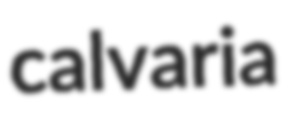
calvaria